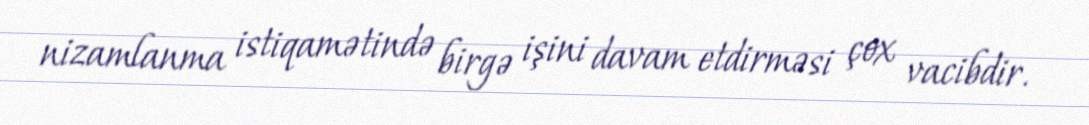
nizamlanma istiqamətində birgə işini davam etdirməsi çox vacibdir.